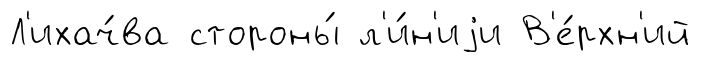
Л'ихач́ва стороны́ л'и́н'иjи В'е́рхн'ий